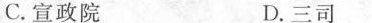
C.宣政院 D.三司